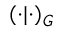
( \cdot | \cdot ) _ { G }